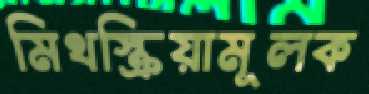
মিথস্ক্রিয়ামূলক